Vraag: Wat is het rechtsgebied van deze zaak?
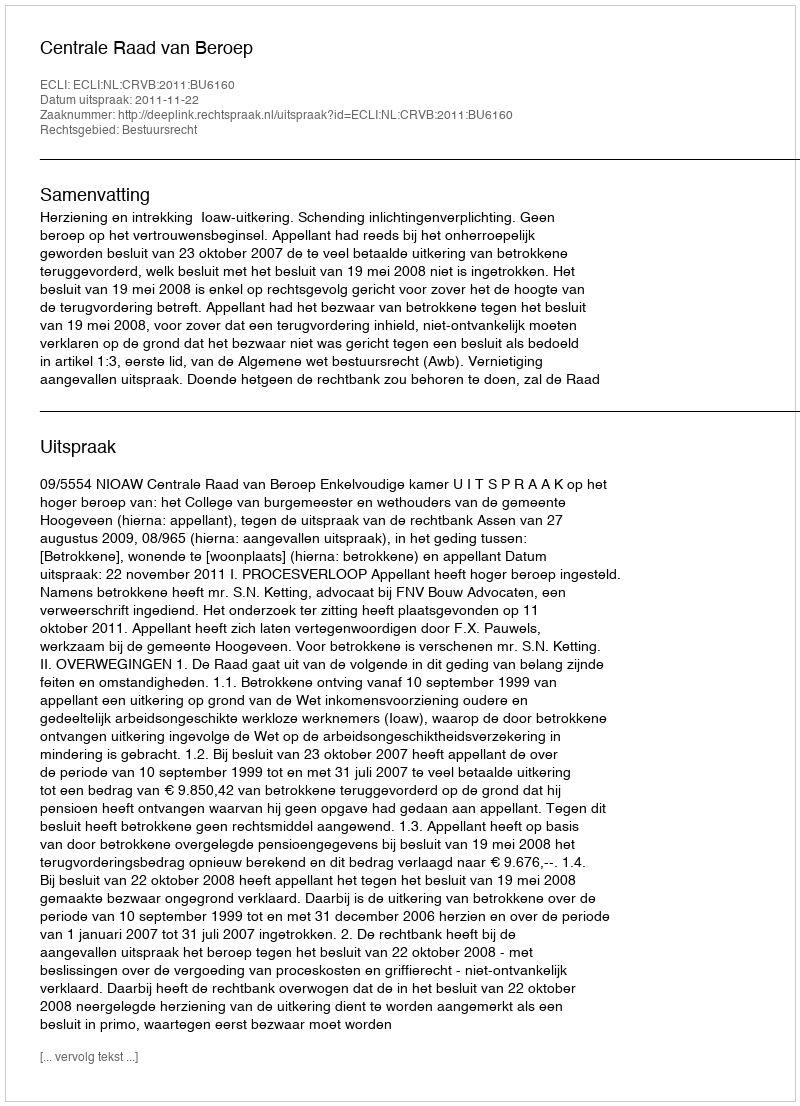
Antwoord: Bestuursrecht